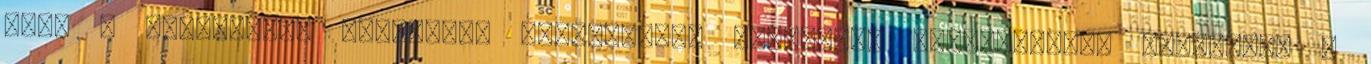
jel. A légylábúak idegesek, érzékenyek, született hisztérikák, hajlammal a